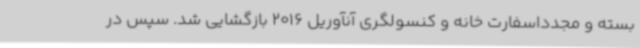
بسته و مجدداسفارت خانه و کنسولگری آنآوریل 2016 بازگشایی شد. سپس در